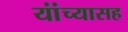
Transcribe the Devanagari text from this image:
यांंच्यासह